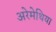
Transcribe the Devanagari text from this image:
अरेमेथिया